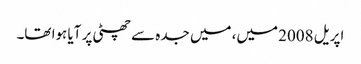
اپریل 2008 میں، میں جدہ سے چھٹی پر آیا ہوا تھا۔